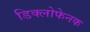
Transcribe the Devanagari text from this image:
डिक्लोफेनक